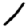
Digit: 1